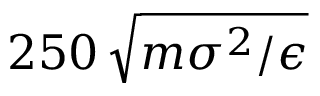
2 5 0 \, \sqrt { m \sigma ^ { 2 } / \epsilon }